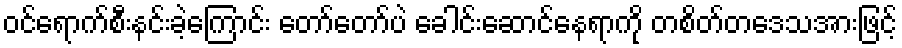
ဝင်ရောက်စီးနင်းခဲ့ကြောင်း တော်တော်ပဲ ခေါင်းဆောင်နေရာကို တစိတ်တဒေသအားဖြင့်